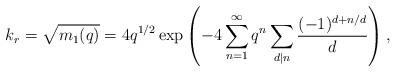
LaTeX: \begin{align*}k_r=\sqrt{m_1(q)}=4q^{1/2}\exp\left(-4\sum^{\infty}_{n=1}q^n\sum_{d|n}\frac{(-1)^{d+n/d}}{d}\right),\end{align*}